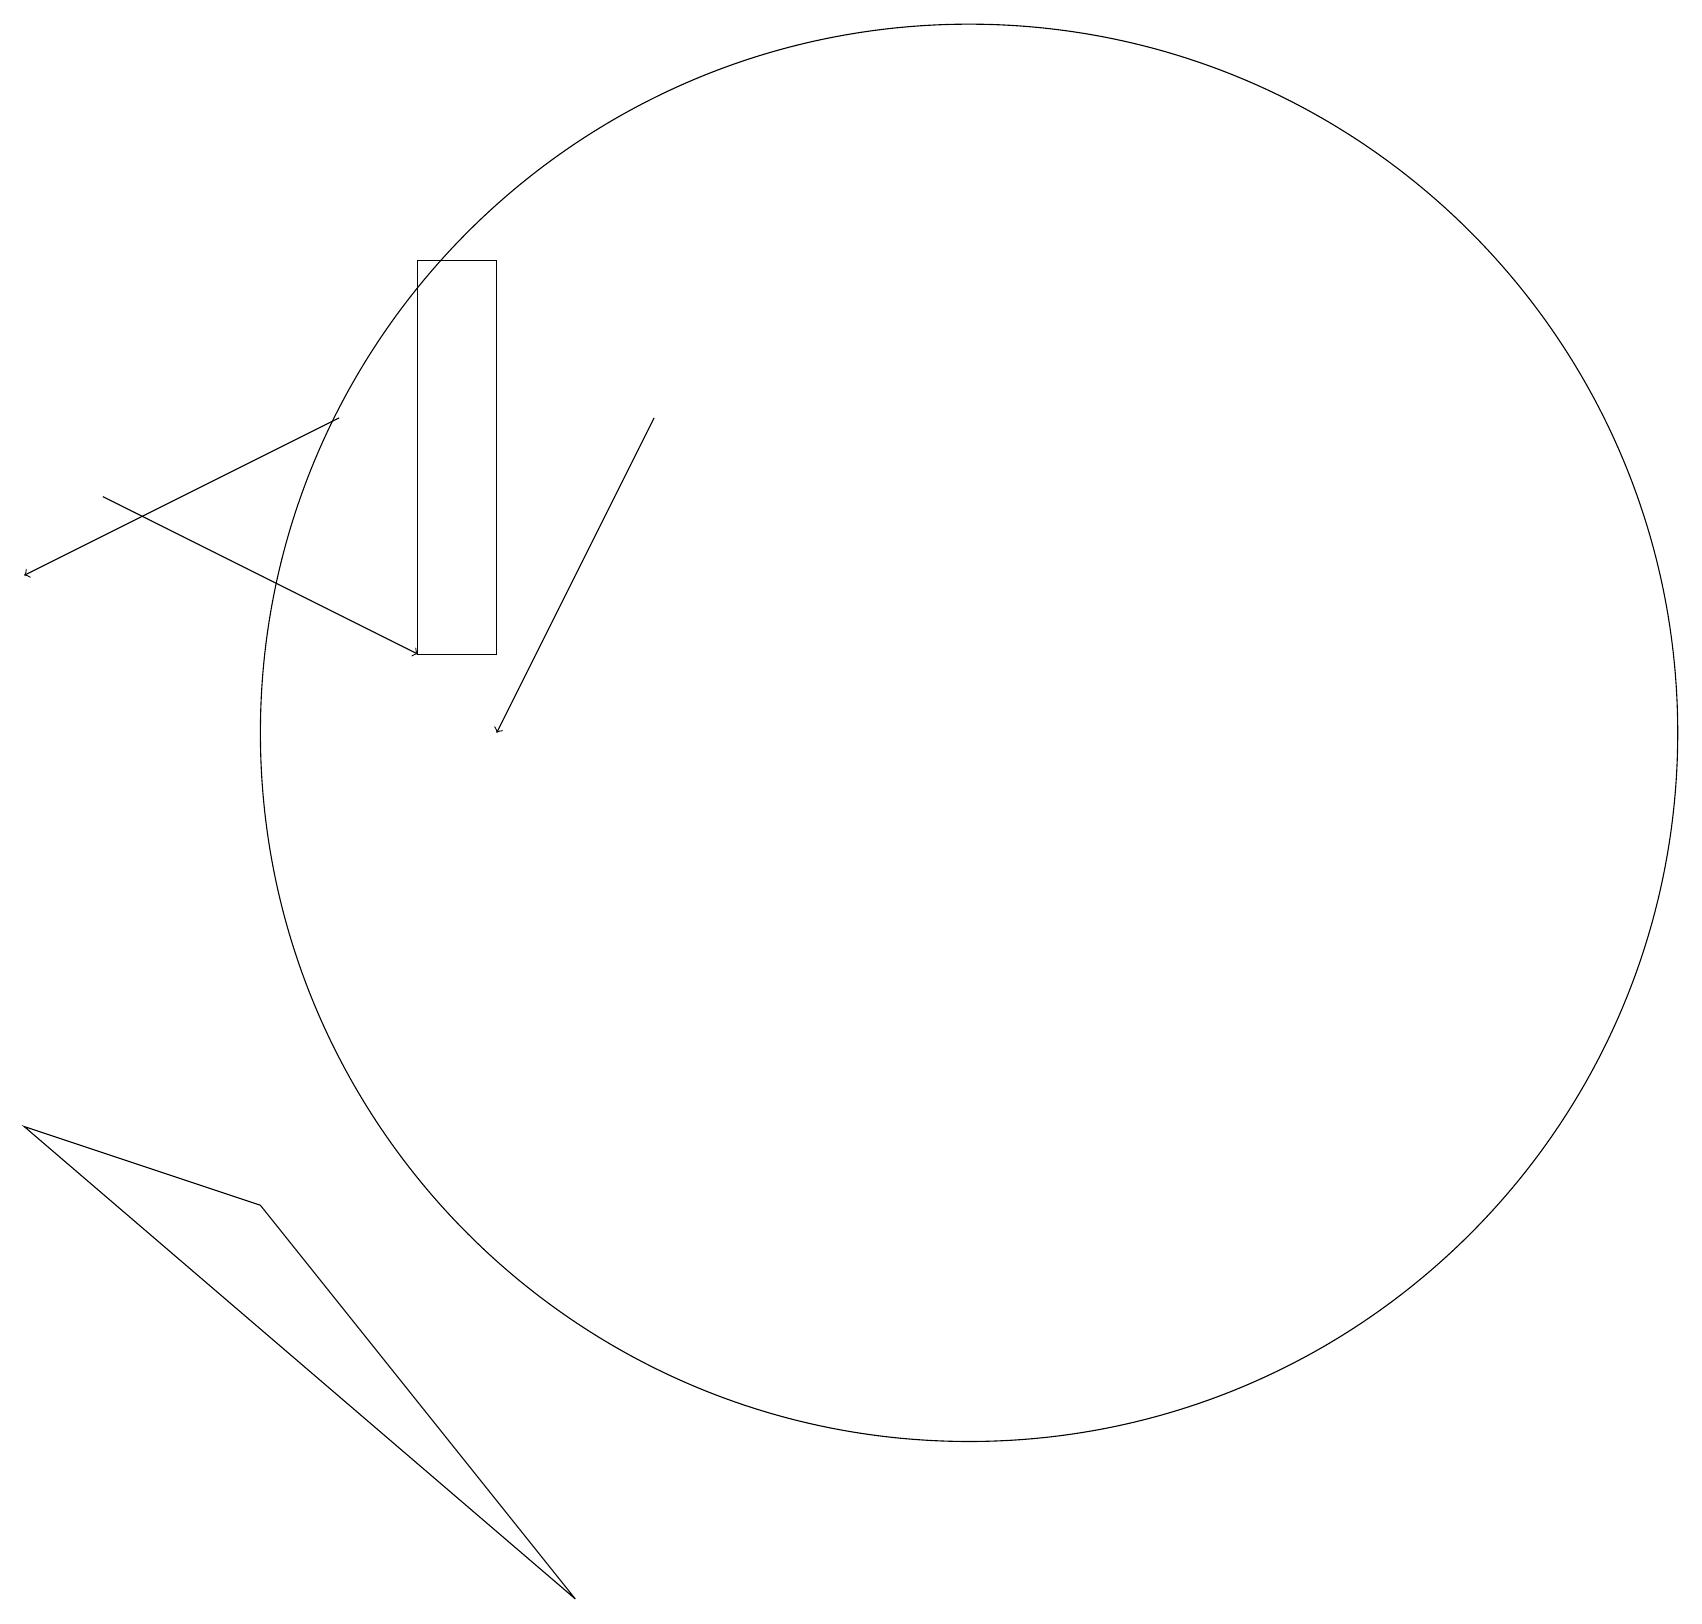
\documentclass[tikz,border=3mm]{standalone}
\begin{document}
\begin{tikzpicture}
\draw[->] (8,15) -- (6,11);
\draw[->] (1,14) -- (5,12);
\draw[->] (4,15) -- (0,13);
\draw (12,11) circle (9);
\draw (6,17) rectangle (5,12);
\draw (3,5) -- (0,6) -- (7,0) -- cycle;
\draw (6,14) rectangle (6,16);
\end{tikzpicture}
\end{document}